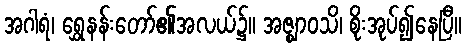
အဂါရံ၊ ရွှေနန်းတော်၏အလယ်၌။ အဇ္ဈာဝသိ၊ စိုးအုပ်၍နေပြီ။